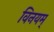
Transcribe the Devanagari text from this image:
विनयम्